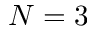
N = 3